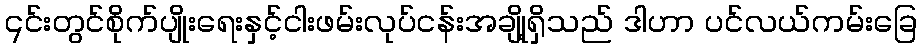
၎င်းတွင်စိုက်ပျိုးရေးနှင့်ငါးဖမ်းလုပ်ငန်းအချို့ရှိသည် ဒါဟာ ပင်လယ်ကမ်းခြေ